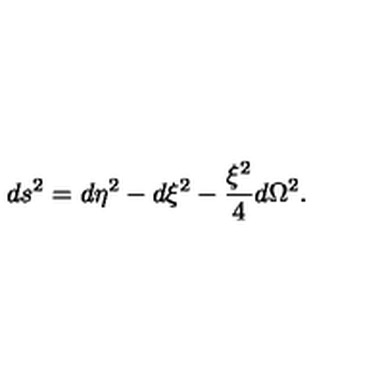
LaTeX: d s ^ { 2 } = d \eta ^ { 2 } - d \xi ^ { 2 } - \frac { \xi ^ { 2 } } { 4 } d \Omega ^ { 2 } .